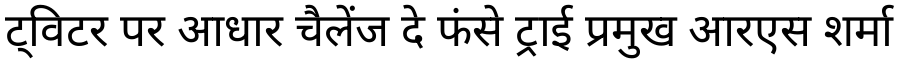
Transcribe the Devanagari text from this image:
ट्विटर पर आधार चैलेंज दे फंसे ट्राई प्रमुख आरएस शर्मा